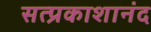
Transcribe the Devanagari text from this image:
सत्प्रकाशानंद